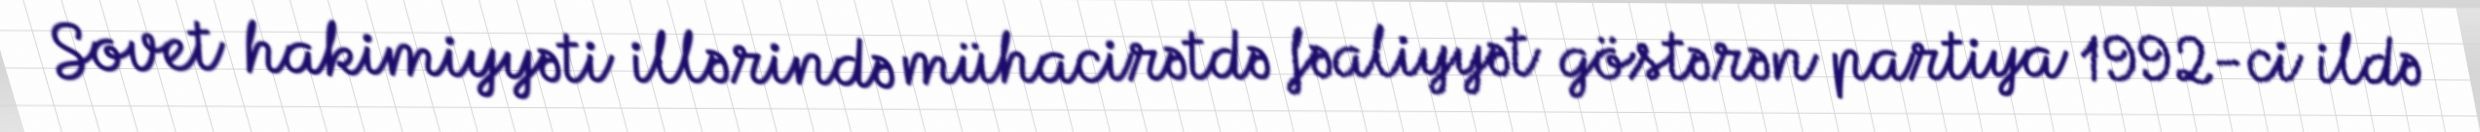
Sovet hakimiyyəti illərində mühacirətdə fəaliyyət göstərən partiya 1992-ci ildə